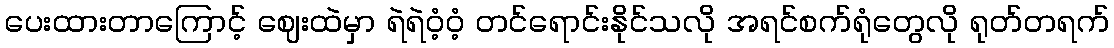
ပေးထားတာကြောင့် ဈေးထဲမှာ ရဲရဲဝံ့ဝံ့ တင်ရောင်းနိုင်သလို အရင်စက်ရုံတွေလို ရုတ်တရက်